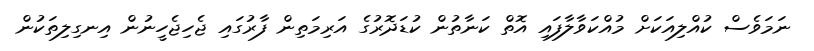
ނަމަވެސް ކުއްލިއަކަށް މުއްކަވާލާފައި އޮތް ކަނާތުން ކުޑަދޮރުގެ އަރިމަތިން ފާރުގައި ޖެހިޖެހީނުން އިނގިލިތަކުން